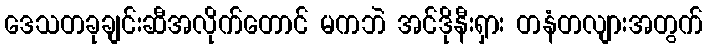
ဒေသတခုချင်းဆီအလိုက်တောင် မကဘဲ အင်ဒိုနီးရှား တနံတလျားအတွက်